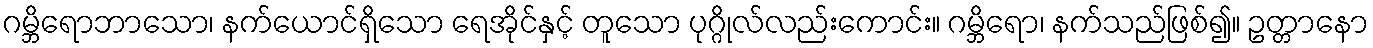
ဂမ္ဘိရောဘာသော၊ နက်ယောင်ရှိသော ရေအိုင်နှင့် တူသော ပုဂ္ဂိုလ်လည်းကောင်း။ ဂမ္ဘိရော၊ နက်သည်ဖြစ်၍။ ဥတ္တာနော